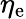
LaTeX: \eta_{\mathrm{e}}